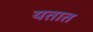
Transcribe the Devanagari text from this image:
यतात